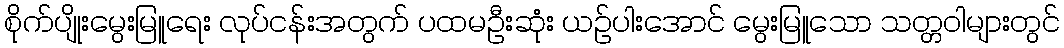
စိုက်ပျိုးမွေးမြူရေး လုပ်ငန်းအတွက် ပထမဦးဆုံး ယဉ်ပါးအောင် မွေးမြူသော သတ္တဝါများတွင်